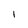
Character: I